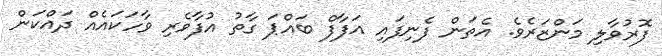
ފޮރުވާލި މަންޒަރެވެ. އެތަން ފެނިފައި އަފާފް ބައްޕަ ގާތު އުފާވެރި ވާހަކައެއް ދައްކަން